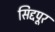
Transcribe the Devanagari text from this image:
सिद्दपूर